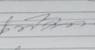
Signature authenticity: genuine